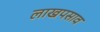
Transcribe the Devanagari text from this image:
लाखपसाव